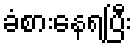
ခံစားနေရပြီး